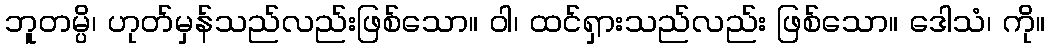
ဘူတမ္ပိ၊ ဟုတ်မှန်သည်လည်းဖြစ်သော။ ဝါ၊ ထင်ရှားသည်လည်း ဖြစ်သော။ ဒေါသံ၊ ကို။